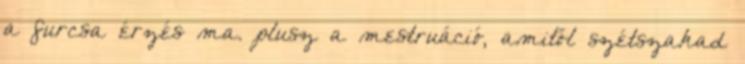
a furcsa érzés ma. plusz a mestruáció, amitől szétszakad